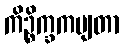
ကိဉ္စိက္ခကမျတာ